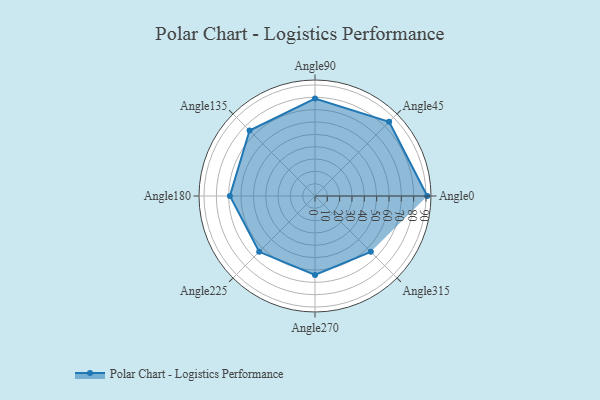
{"axis": {"x": "Angle", "y": "Radius"}, "legend": [""], "data": [{"x": "Angle0", "y": 91.0, "type": ""}, {"x": "Angle45", "y": 85.0, "type": ""}, {"x": "Angle90", "y": 79.0, "type": ""}, {"x": "Angle135", "y": 75.0, "type": ""}, {"x": "Angle180", "y": 69.0, "type": ""}, {"x": "Angle225", "y": 64.0, "type": ""}, {"x": "Angle270", "y": 64.0, "type": ""}, {"x": "Angle315", "y": 64.0, "type": ""}]}